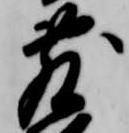
敷